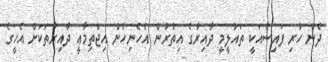
ދެން ހުރި ފައިސާއަކީ ތައުލީމީ ދާއިރާގެ އިތުރުން އެހެނިހެން އިޖްތިމާޢީ ދާއިރާތަކަށް އެހީގެ